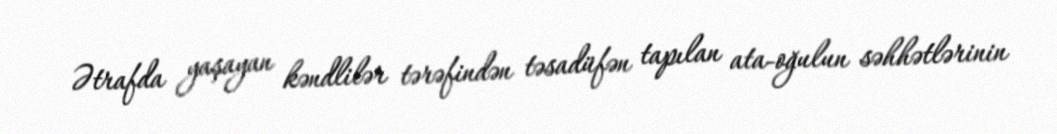
Ətrafda yaşayan kəndlilər tərəfindən təsadüfən tapılan ata-oğulun səhhətlərinin